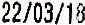
22/03/18